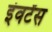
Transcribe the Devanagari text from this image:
इंवर्टेंस